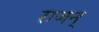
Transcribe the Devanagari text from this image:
राजन्‌